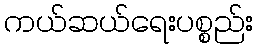
ကယ်ဆယ်ရေးပစ္စည်း